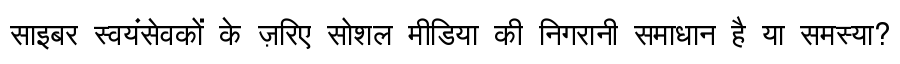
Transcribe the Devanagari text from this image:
साइबर स्वयंसेवकों के ज़रिए सोशल मीडिया की निगरानी समाधान है या समस्या?